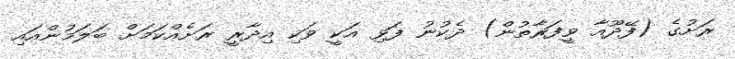
ރަށުގެ (ފޭދޫއާ ވީފަރާތުން) ދެކުނު ފަޅި އަކީ ވަކި އިދާރީ ރަށެއްކަމަށް ބަލަމުންއައި